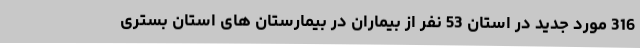
316 مورد جدید در استان 53 نفر از بیماران در بیمارستان های استان بستری